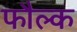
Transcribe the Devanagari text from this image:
फौल्क